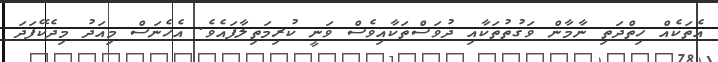
އެތަކެއް ހިތްދަތި ނާމާން ވަގުތުތަކާއި ދުވަސްތަކާއިވެސް ވަނީ ކުރިމަތިލާފައެވެ. އެހެނަސް މިއަދު މިދެކޭފަދަ